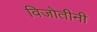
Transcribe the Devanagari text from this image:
विजोतीनी